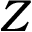
Z